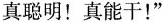
真聪明！真能干！”